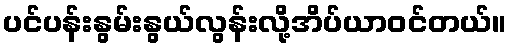
ပင်ပန်းနွမ်းနွယ်လွန်းလို့အိပ်ယာဝင်တယ်။